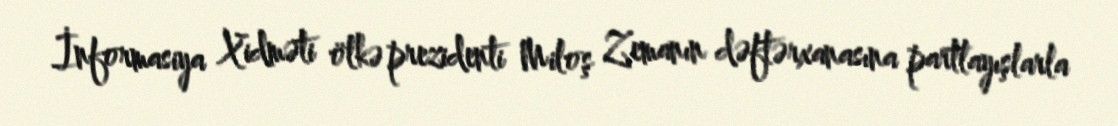
İnformasiya Xidməti ölkə prezidenti Miloş Zemanın dəftərxanasına partlayışlarla